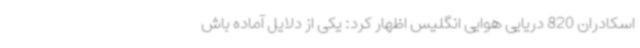
اسکادران 820 دریایی هوایی انگلیس اظهار کرد: یکی از دلایل آماده باش